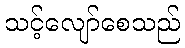
သင့်လျော်စေသည်